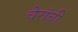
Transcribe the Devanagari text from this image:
चेरांची